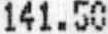
141.50